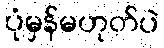
ပုံမှန်မဟုတ်ပဲ